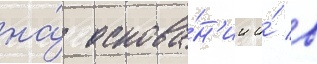
на́ основа́н'ии и́ в